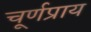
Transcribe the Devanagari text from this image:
चूर्णप्राय